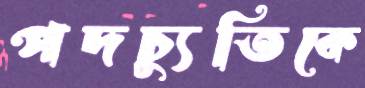
পদচ্যুতিকে